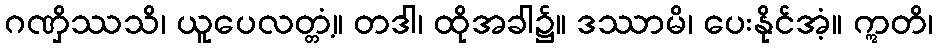
ဂဏှိဿသိ၊ ယူပေလတ္တံ့။ တဒါ၊ ထိုအခါ၌။ ဒဿာမိ၊ ပေးနိုင်အံ့။ ဣတိ၊